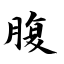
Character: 腹